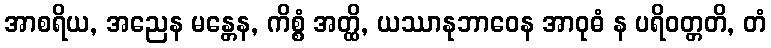
အာစရိယ, အညေန မန္တေန, ကိစ္စံ အတ္ထိ, ယဿာနုဘာဝေန အာဝုဓံ န ပရိဝတ္တတိ, တံ